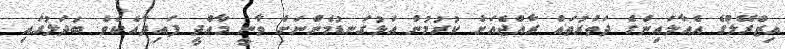
އިޒްރޭލުގެ އެއާލައިންގެ ދަތުރުތައް ރާއްޖެއަށް ކުރުމުން އަޅުގަނޑުމެންނަށް ވާނީ މާއްދީ ފައިދާއެކެވެ. ބަދަލުގައި